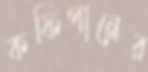
কফিপানের